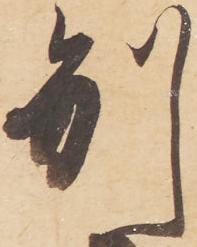
別